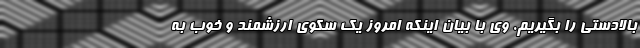
بالادستی را بگیریم. وی با بیان اینکه امروز یک سکوی ارزشمند و خوب به